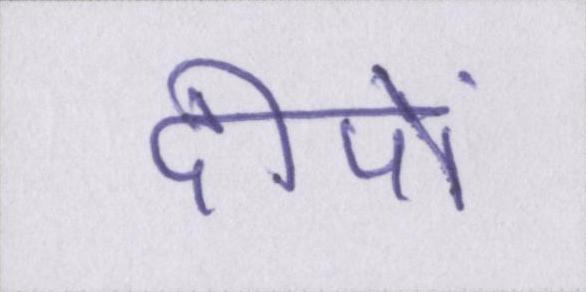
दीपों